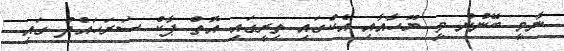
ނާމީ ބޭނުން ވީ ޔޫހާއާއި އެކުގައި ތިރީގައި އޮތް ޕާކް ސަރަހައްދު ގައި